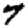
Digit: 7